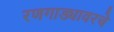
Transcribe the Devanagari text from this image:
रणगाड्यावरचे